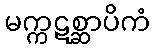
မက္ကဋစ္ဆာပိကံ